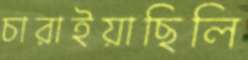
চারাইয়াছিলি